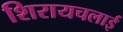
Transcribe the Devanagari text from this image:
शिरायचलाई